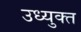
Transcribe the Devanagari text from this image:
उध्युक्त